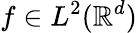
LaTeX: f\in L^{2}(\mathbb{R}^{d})